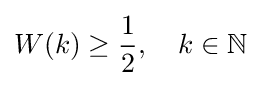
W(k)\geq {\frac {1}{2}},\quad k\in \mathbb {N}